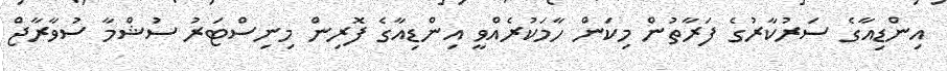
އިންޑިއާގެ ސަރުކާރުގެ ފަރާތުން މިކަން ހާމަކުރެއްވީ އިންޑިއާގެ ފޮރިން މިނިސްޓަރު ސުޝްމާ ސުވާރާޖް